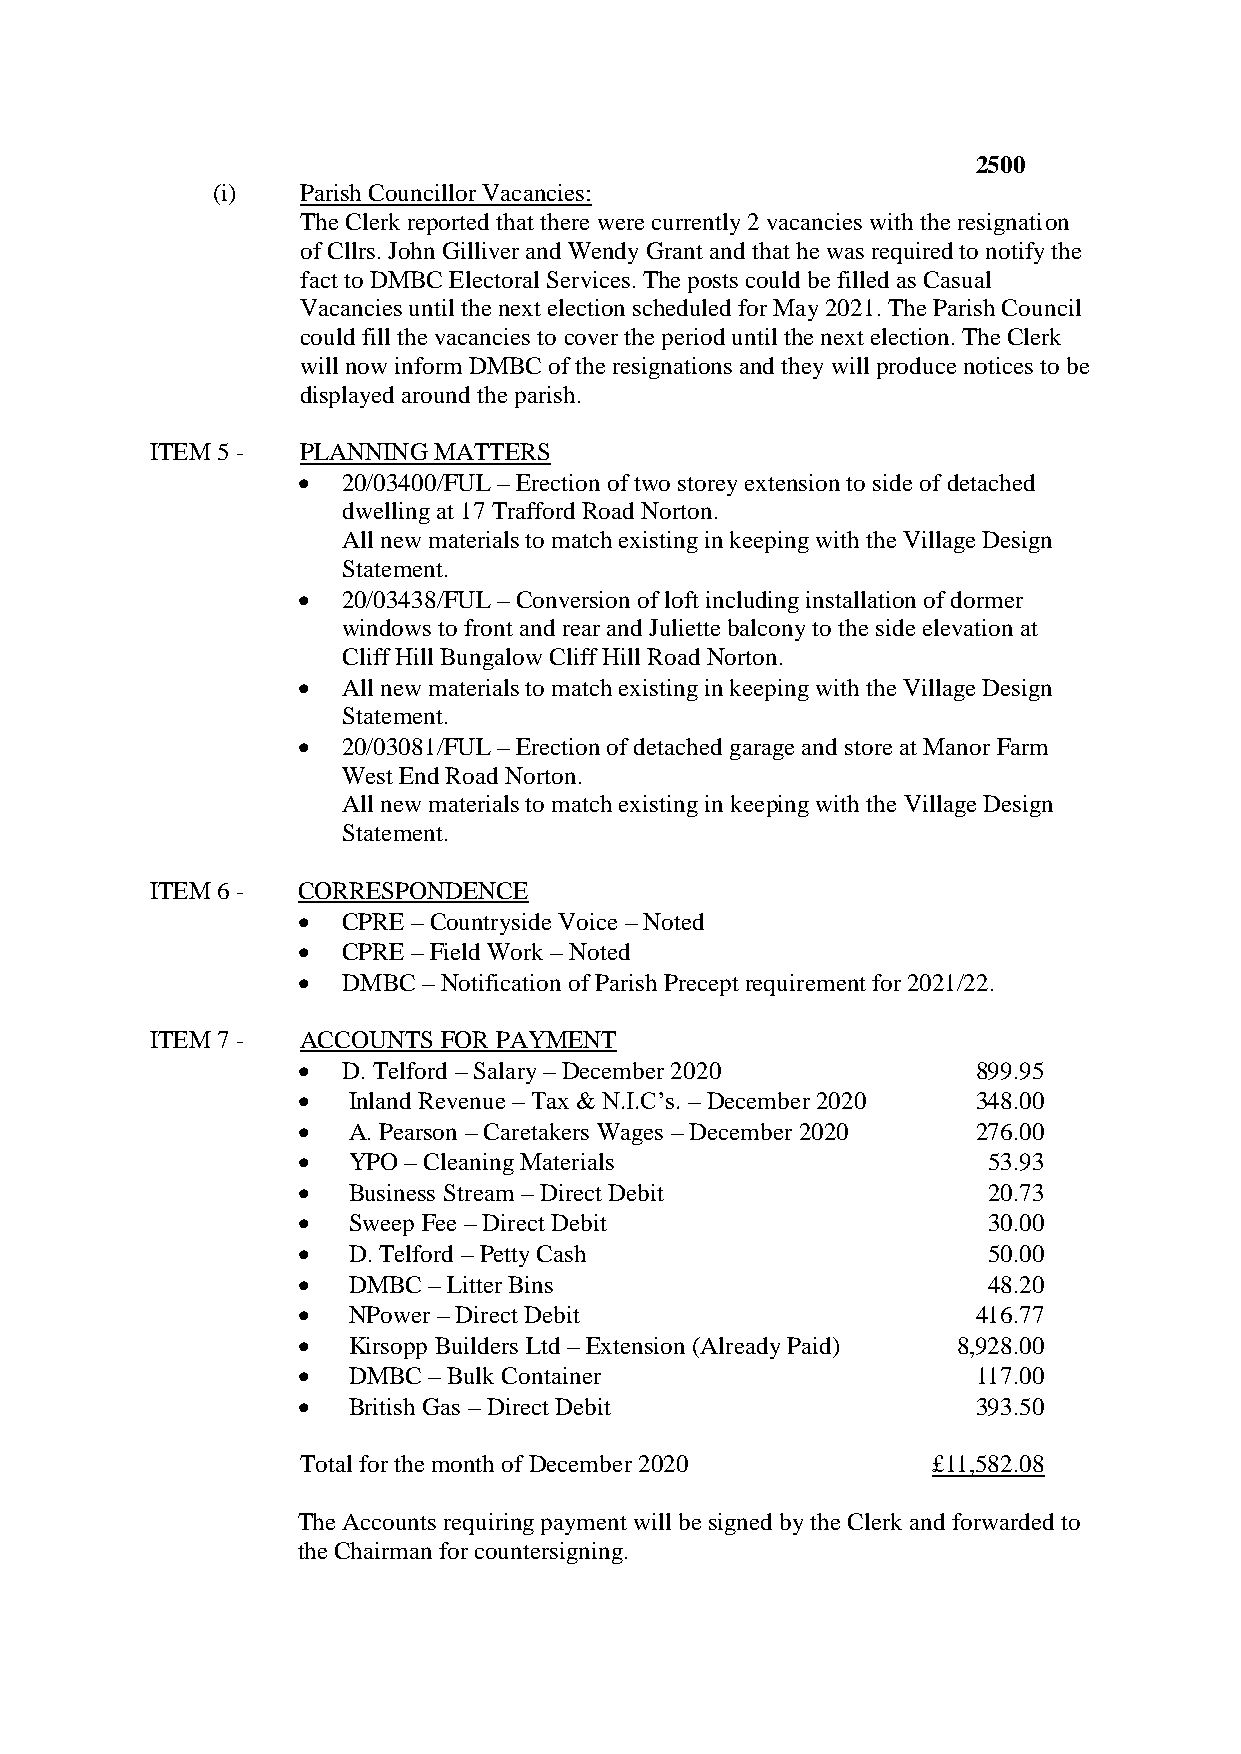
2500
 (i)   Parish Councillor Vacancies:
 The Clerk reported that there were currently 2 vacancies with the resignation
 of Cllrs. John Gilliver and Wendy Grant and that he was required to notify the
 fact to DMBC Electoral Services. The posts could be filled as Casual
 Vacancies until the next election scheduled for May 2021. The Parish Council
 could fill the vacancies to cover the period until the next election. The Clerk
 will now inform DMBC of the resignations and they will produce notices to be
 displayed around the parish.
 ITEM 5 -  PLANNING MATTERS
   20/03400/FUL – Erection of two storey extension to side of detached
 dwelling at 17 Trafford Road Norton.
 All new materials to match existing in keeping with the Village Design
 Statement.
   20/03438/FUL – Conversion of loft including installation of dormer
 windows to front and rear and Juliette balcony to the side elevation at
 Cliff Hill Bungalow Cliff Hill Road Norton.
   All new materials to match existing in keeping with the Village Design
 Statement.
   20/03081/FUL – Erection of detached garage and store at Manor Farm
 West End Road Norton.
 All new materials to match existing in keeping with the Village Design
 Statement.
 ITEM 6 -  CORRESPONDENCE
   CPRE – Countryside Voice – Noted
   CPRE – Field Work – Noted
   DMBC – Notification of Parish Precept requirement for 2021/22.
 ITEM 7 -  ACCOUNTS FOR PAYMENT
   D. Telford – Salary – December 2020       899.95
   Inland Revenue – Tax & N.I.C’s. – December 2020 348.00
   A. Pearson – Caretakers Wages – December 2020 276.00
   YPO – Cleaning Materials                  53.93
   Business Stream – Direct Debit            20.73
   Sweep Fee – Direct Debit                  30.00
   D. Telford – Petty Cash                   50.00
   DMBC – Litter Bins                        48.20
   NPower – Direct Debit                     416.77
   Kirsopp Builders Ltd – Extension (Already Paid) 8,928.00
   DMBC – Bulk Container                     117.00
   British Gas – Direct Debit                393.50
 Total for the month of December 2020      £11,582.08
 The Accounts requiring payment will be signed by the Clerk and forwarded to
 the Chairman for countersigning.